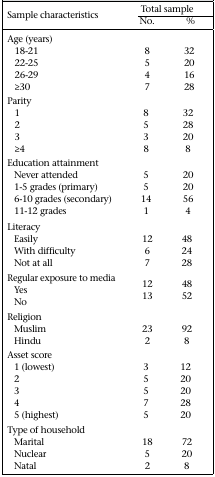
<table><thead><tr><td rowspan="2"><b>Sample characteristics</b></td><td colspan="2"><b>Total sample</b></td></tr><tr><td rowspan="2"><b>No.</b></td><td colspan="2"><b>%</b></td></tr></thead><tbody><tr><td>Age (years)</td><td></td><td></td></tr><tr><td>18-21</td><td>8</td><td>32</td></tr><tr><td>22-25</td><td>5</td><td>20</td></tr><tr><td>26-29</td><td>4</td><td>16</td></tr><tr><td>≥30</td><td>7</td><td>28</td></tr><tr><td>Parity</td><td></td><td></td></tr><tr><td>1</td><td>8</td><td>32</td></tr><tr><td>2</td><td>5</td><td>28</td></tr><tr><td>3</td><td>3</td><td>20</td></tr><tr><td>≥4</td><td>8</td><td>8</td></tr><tr><td>Education attainment</td><td></td><td></td></tr><tr><td>Never attended</td><td>5</td><td>20</td></tr><tr><td>1-5 grades (primary)</td><td>5</td><td>20</td></tr><tr><td>6-10 grades (secondary)</td><td>14</td><td>56</td></tr><tr><td>11-12 grades</td><td>1</td><td>4</td></tr><tr><td>Literacy</td><td></td><td></td></tr><tr><td>Easily</td><td>12</td><td>48</td></tr><tr><td>With difficulty</td><td>6</td><td>24</td></tr><tr><td>Not at all</td><td>7</td><td>28</td></tr><tr><td>Regular exposure to media</td><td></td><td></td></tr><tr><td>Yes</td><td>12</td><td>48</td></tr><tr><td>No</td><td>13</td><td>52</td></tr><tr><td>Religion</td><td></td><td></td></tr><tr><td>Muslim</td><td>23</td><td>92</td></tr><tr><td>Hindu</td><td>2</td><td>8</td></tr><tr><td>Asset score</td><td></td><td></td></tr><tr><td>1 (lowest)</td><td>3</td><td>12</td></tr><tr><td>2</td><td>5</td><td>20</td></tr><tr><td>3</td><td>5</td><td>20</td></tr><tr><td>4</td><td>7</td><td>28</td></tr><tr><td>5 (highest)</td><td>5</td><td>20</td></tr><tr><td>Type of household</td><td></td><td></td></tr><tr><td>Marital</td><td>18</td><td>72</td></tr><tr><td>Nuclear</td><td>5</td><td>20</td></tr><tr><td>Natal</td><td>2</td><td>8</td></tr></tbody></table>